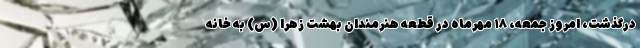
درگذشت، امروز جمعه، ۱۸ مهرماه در قطعه هنرمندان بهشت زهرا (س) به خانه